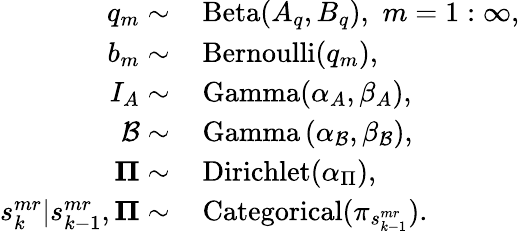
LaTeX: \begin{array}{rl}{q_{m}\sim}&{{}\, \mathrm{Beta}(A_{q},B_{q}),\, \, m=1:\infty,}\\ {b_{m}\sim}&{{}\, \mathrm{Bernoulli}(q_{m}),}\\ {I_{A}\sim}&{{}\, \mathrm{Gamma}(\alpha_{A},\beta_{A}),}\\ {\mathcal{B}\sim}&{{}\, \mathrm{Gamma}\left(\alpha_{\mathcal{B}},\beta_{\mathcal{B}}\right),}\\ {\mathbf{\Pi}\sim}&{{}\, \mathrm{Dirichlet}(\alpha_{\Pi}),}\\ {s_{k}^{mr}|s_{k-1}^{mr},\mathbf{\Pi}\sim}&{{}\, \mathrm{Categorical}(\pi_{s_{k-1}^{mr}}).}\end{array}